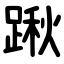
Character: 踿